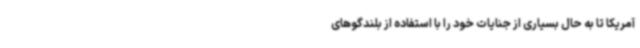
آمریکا تا به حال بسیاری از جنایات خود را با استفاده از بلندگوهای